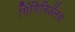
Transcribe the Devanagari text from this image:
गिंगिनिॲनस